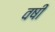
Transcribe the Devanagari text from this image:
वषी